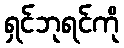
ရှင်ဘုရင်ကို